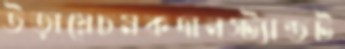
উড়ায়েচমকদানস্ট্যান্ডট